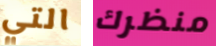
التي منظرك